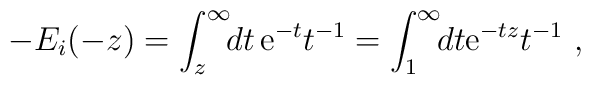
-E_{i}(-z)=\int_{z}^{\infty}\!\!dt\,{\mathrm e}^{-t}t^{-1}=\int_{1}^{\infty}\!\!dt{\mathrm e}^{-tz}t^{-1}\ ,